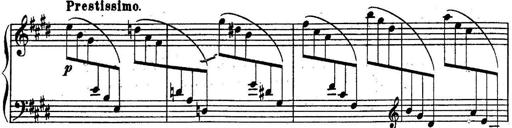
Title: Sonatine
Composer: Adrian Shaposhnikov
Key: E minor